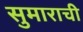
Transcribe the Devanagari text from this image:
सुमाराची